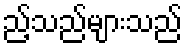
ည့်သည်များသည်